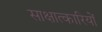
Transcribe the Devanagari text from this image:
साक्षात्कारियों